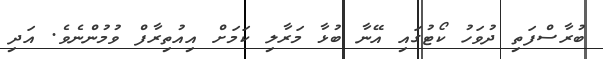
ބުރާސްފަތި ދުވަހު ކޯޓުގައި އޭނާ ބުޅާ މަރާލި ކަމަށް އިއުތިރާފް ވުމުންނެވެ. އަދި